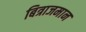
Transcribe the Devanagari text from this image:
बित्राजमान